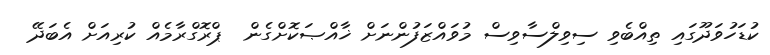
ކުޑަހުވަދޫގައި ތިއްބެވި ސިވިލްސާވިސް މުވައްޒަފުންނަށް ޚާއްޞަކޮށްގެން  ޕްރޮގްރާމެއް ކުރިއަށް އެބަދޭ